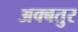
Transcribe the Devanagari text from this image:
अक्बतुर